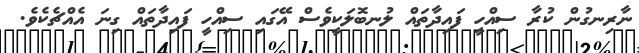
ނާރިނގުން ކުރާ ސިއްހީ ފައިދާތައް ލުނބޮލަކީވެސް އޭގައި ސިއްހީ ފައިދާތައް ގިނަ އެއްޗެކެވެ.